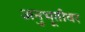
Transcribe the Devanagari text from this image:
अनुभूतीवर